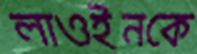
লাওইনকে